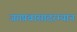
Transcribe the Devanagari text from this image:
जगप्रवासादरम्यान